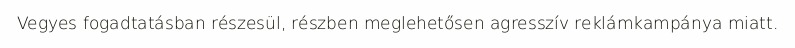
Vegyes fogadtatásban részesül, részben meglehetősen agresszív reklámkampánya miatt.